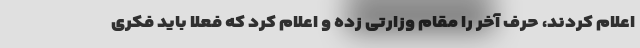
اعلام کردند، حرف آخر را مقام وزارتی زده و اعلام کرد که فعلا باید فکری